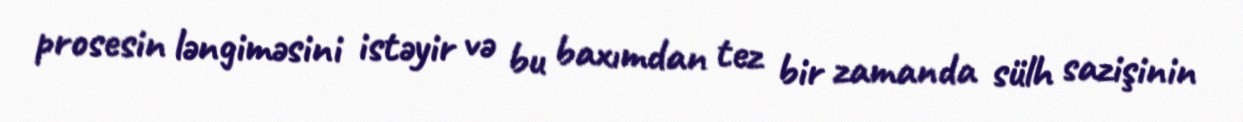
prosesin ləngiməsini istəyir və bu baxımdan tez bir zamanda sülh sazişinin